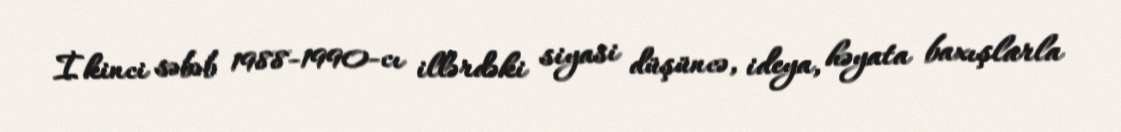
İkinci səbəb 1988-1990-cı illərdəki siyasi düşüncə, ideya, həyata baxışlarla